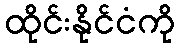
ထိုင်းနိုင်ငံကို